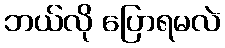
ဘယ်လို ပြောရမလဲ